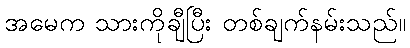
အမေက သားကိုချီပြီး တစ်ချက်နမ်းသည်။